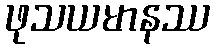
ဖုသယမာနဿ